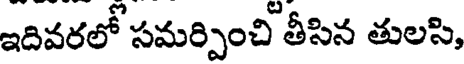
ఇదివరలో సమర్పించి తీసిన తులసి,